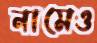
নামেও